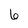
Character: 6